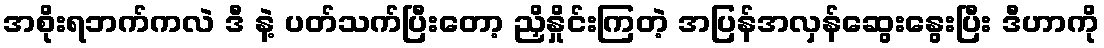
အစိုးရဘက်ကလဲ ဒီ နဲ့ ပတ်သက်ပြီးတော့ ညှိနှိုင်းကြတဲ့ အပြန်အလှန်ဆွေးနွေးပြီး ဒီဟာကို